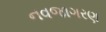
નવજાગરણ